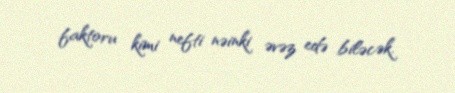
faktoru kimi nefti nəinki əvəz edə biləcək.